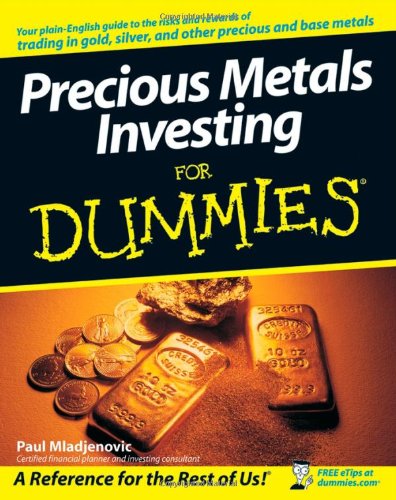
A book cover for Precious Metals Investing For Dummies; Paul Mladjenovic; Business & Money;